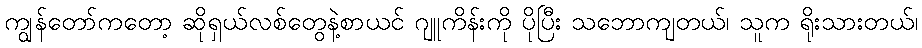
ကျွန်တော်ကတော့ ဆိုရှယ်လစ်တွေနဲ့စာယင် ဂျူကိန်းကို ပိုပြီး သဘောကျတယ်၊ သူက ရိုးသားတယ်၊